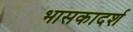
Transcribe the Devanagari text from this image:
भासकादर्श